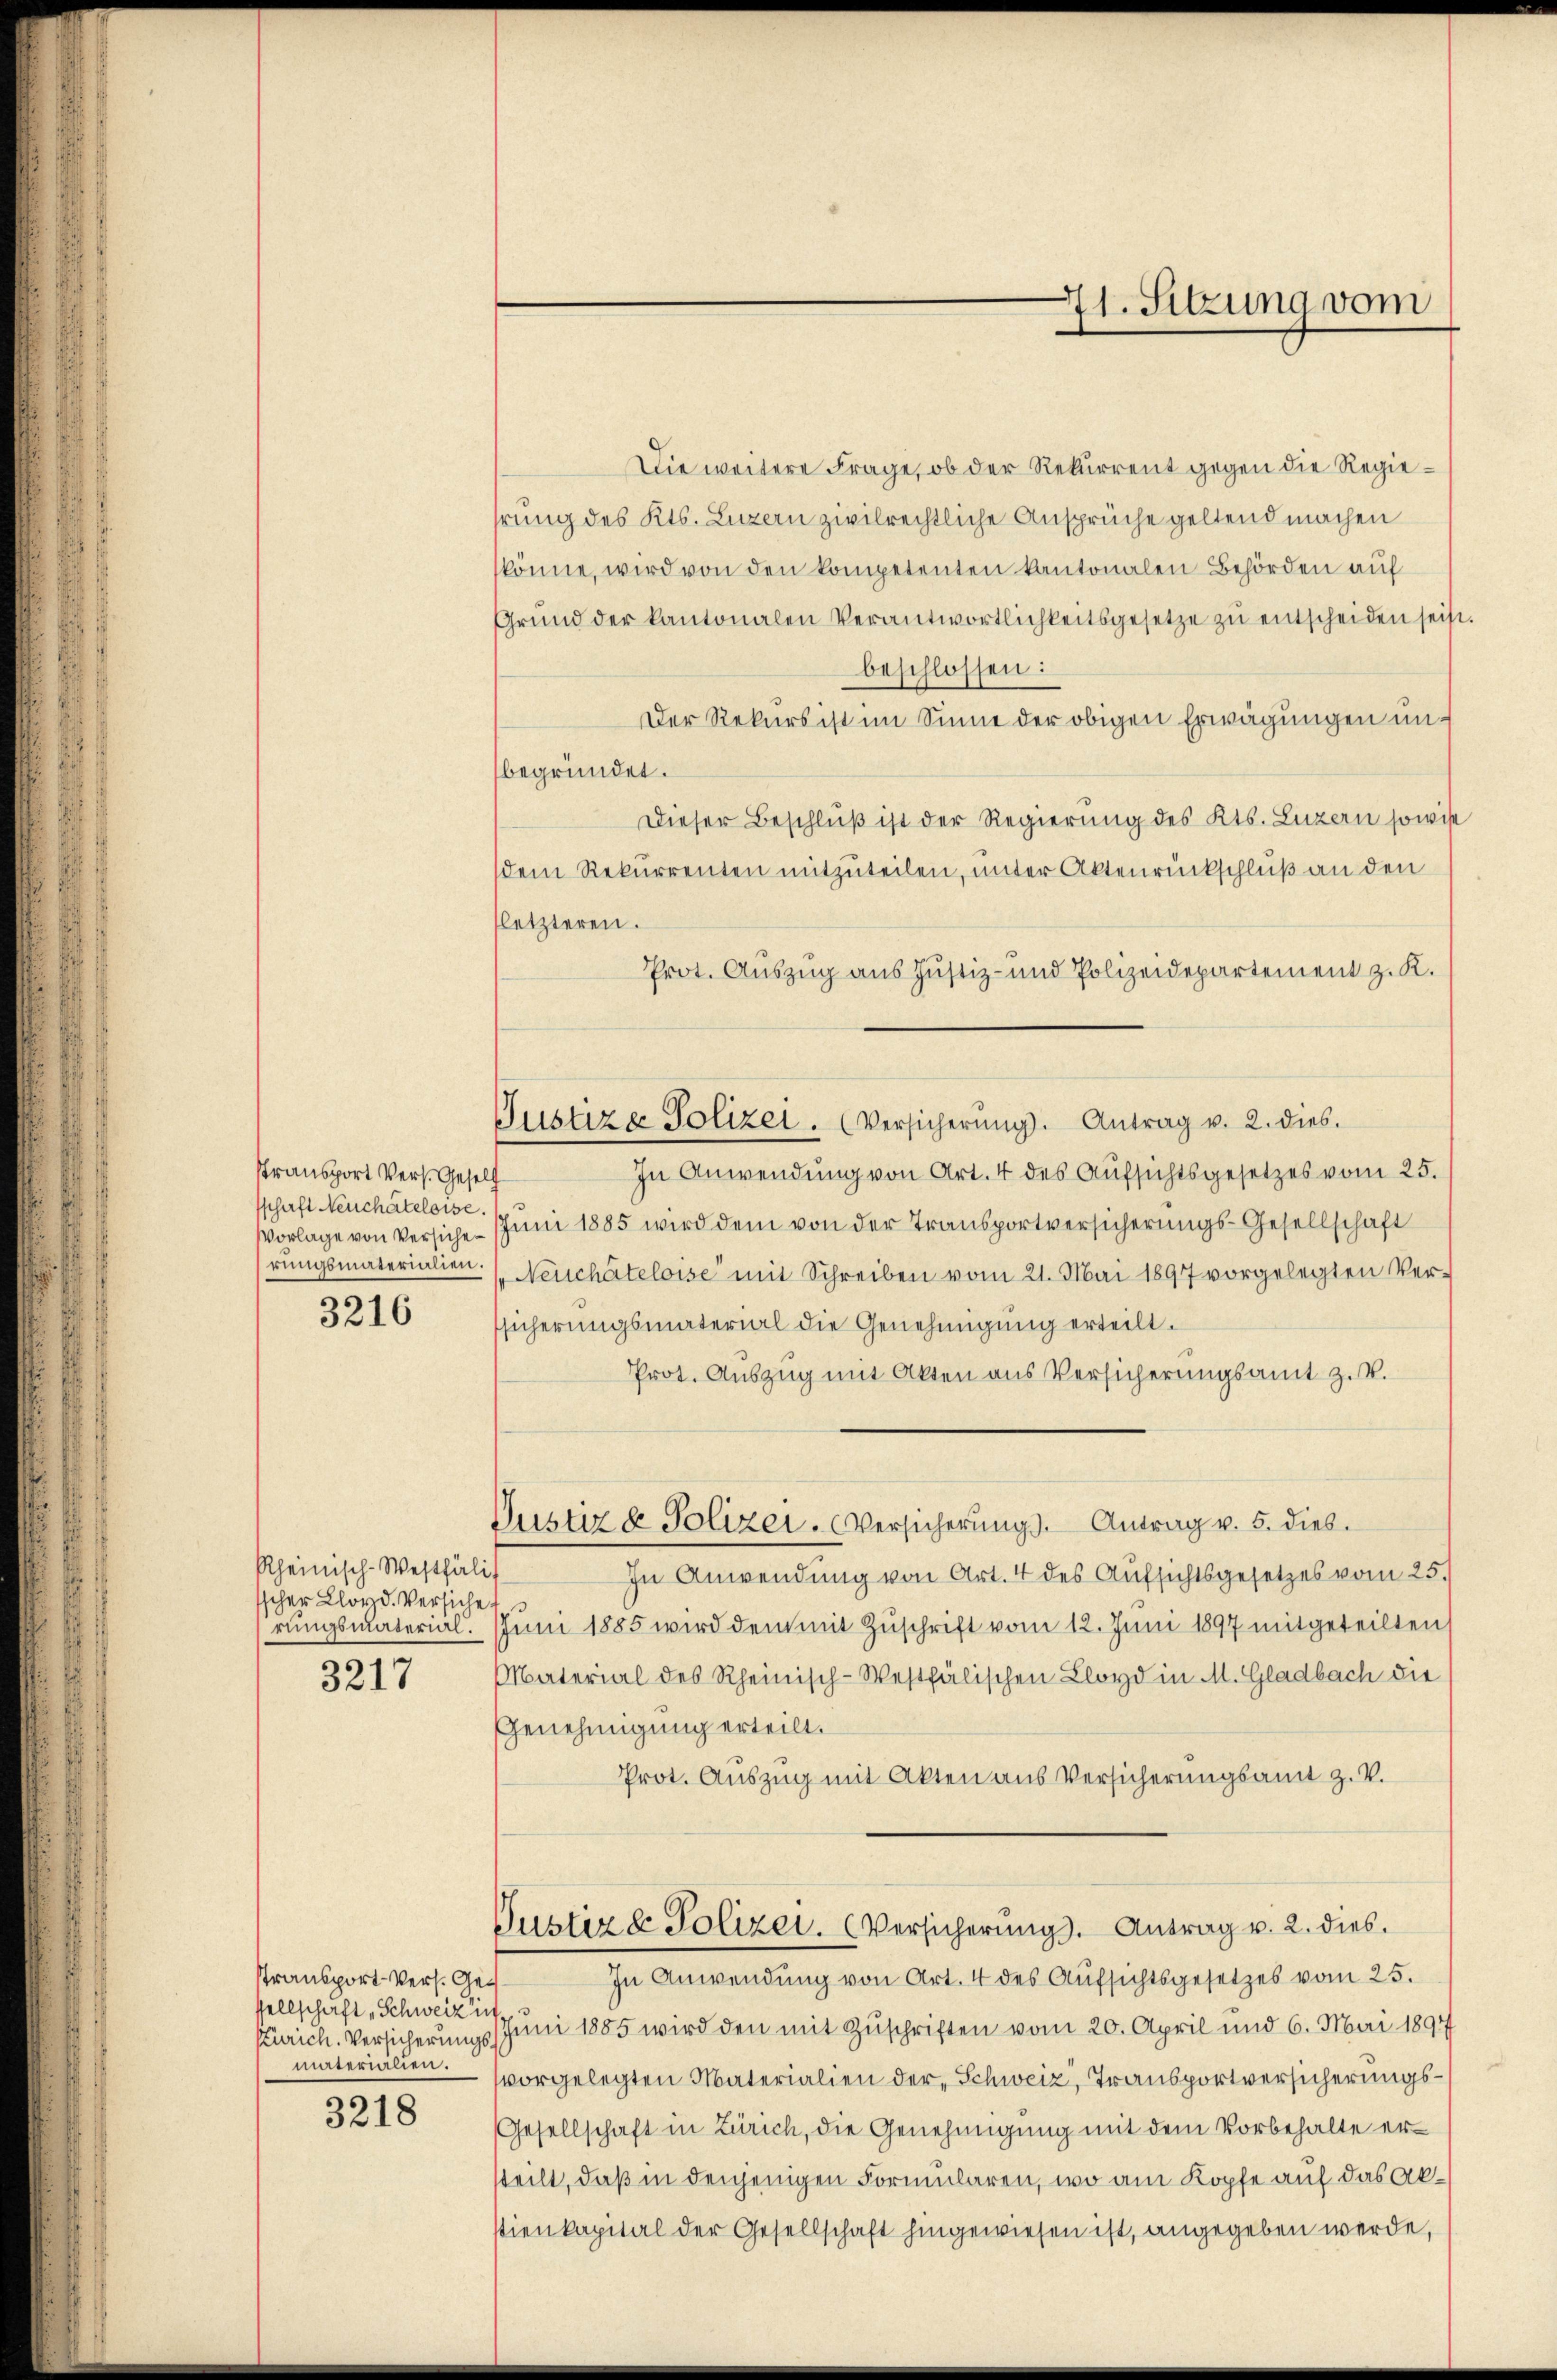
Transport Vers. Gesell
schaft Neuchâteloise.
rungsmaterialien.

3216

Rheinisch-Westfäli
sscher Lloyd. Versiche
rungsmaterial.
3217

Stransport Vers. Gesellschaft, Schweiz in
materialien.

3218

Die weitere Frage, ob der Rekurrent gegen die Regiehrung des Kts. Luzern zivilrechtliche Ansprüche geltend machen
könne, wird von den kompetenten kantonalen Behörden auf
Grŭnd der kantonalen Verantwortlichkeitsgesetze zŭ entscheiden sei
beschlossen:
Der Rekurs ist im Sinne der obigen Erwägungen unbegründet.
Dieser Beschluß ist der Regierung des Kts. Luzern sowie
dem Rekurrenten mitzuteilen, unter Aktenrückschluß an den
fletzteren.
Prot. Auszug aus Justiz- und Polizeidepartement z. K.
Justiz & Polizei. (Versicherŭng. Antrag v. 2. dies.
In Anwendung von Art. 4 des Aufsichtsgesetzes vom 25.
Vorlage von Versiche Juni 1885 wird dem von der Transportversicherungs-Gesellschaft
Neuchâteloise mit Schreiben vom 21. Mai 1897 vorgelegten Ver-
sicherungsmaterial die Genehmigung erteilt.
Prot. Auszug mit Akten aus Versicherungsamt z. B.
Justiz & Polizei. Versicherŭng. Antrag v. 5. dies
In Anwendung von Art. 4 des Aufsichtsgesetzes vom 25.
Juni 1885 wird dem mit Zŭschrift vom 12. Juni 1897 mitgeteilten
Material des Rheinisch-Westfälischen Lloyd in M. Gladbach die
Genehmigung erteilt.
Prot. Auszug mit Akten aus Versicherungsamt z. V.
Justiz & Polizei. (Versicherŭng. Antrag u. 2. dies
In Anwendung von Art. 4 des Aufsichtsgesetzes vom 25.
Kurich. Versicherungs Juni 1885 wird den mit Zuschriften vom 20. April und 6. Mai 1891
vorgelegten Materialien der Schweiz, Transportversicherungs¬
Gesellschaft in Zürich, die Genehmigung mit dem Vorbehalte ersteilt, daß in denjenigen Formularen, wo am Kopfe auf das Akstienkapital der Gesellschaft hingewiesen ist, angegeben werde,

41. Sitzung vom